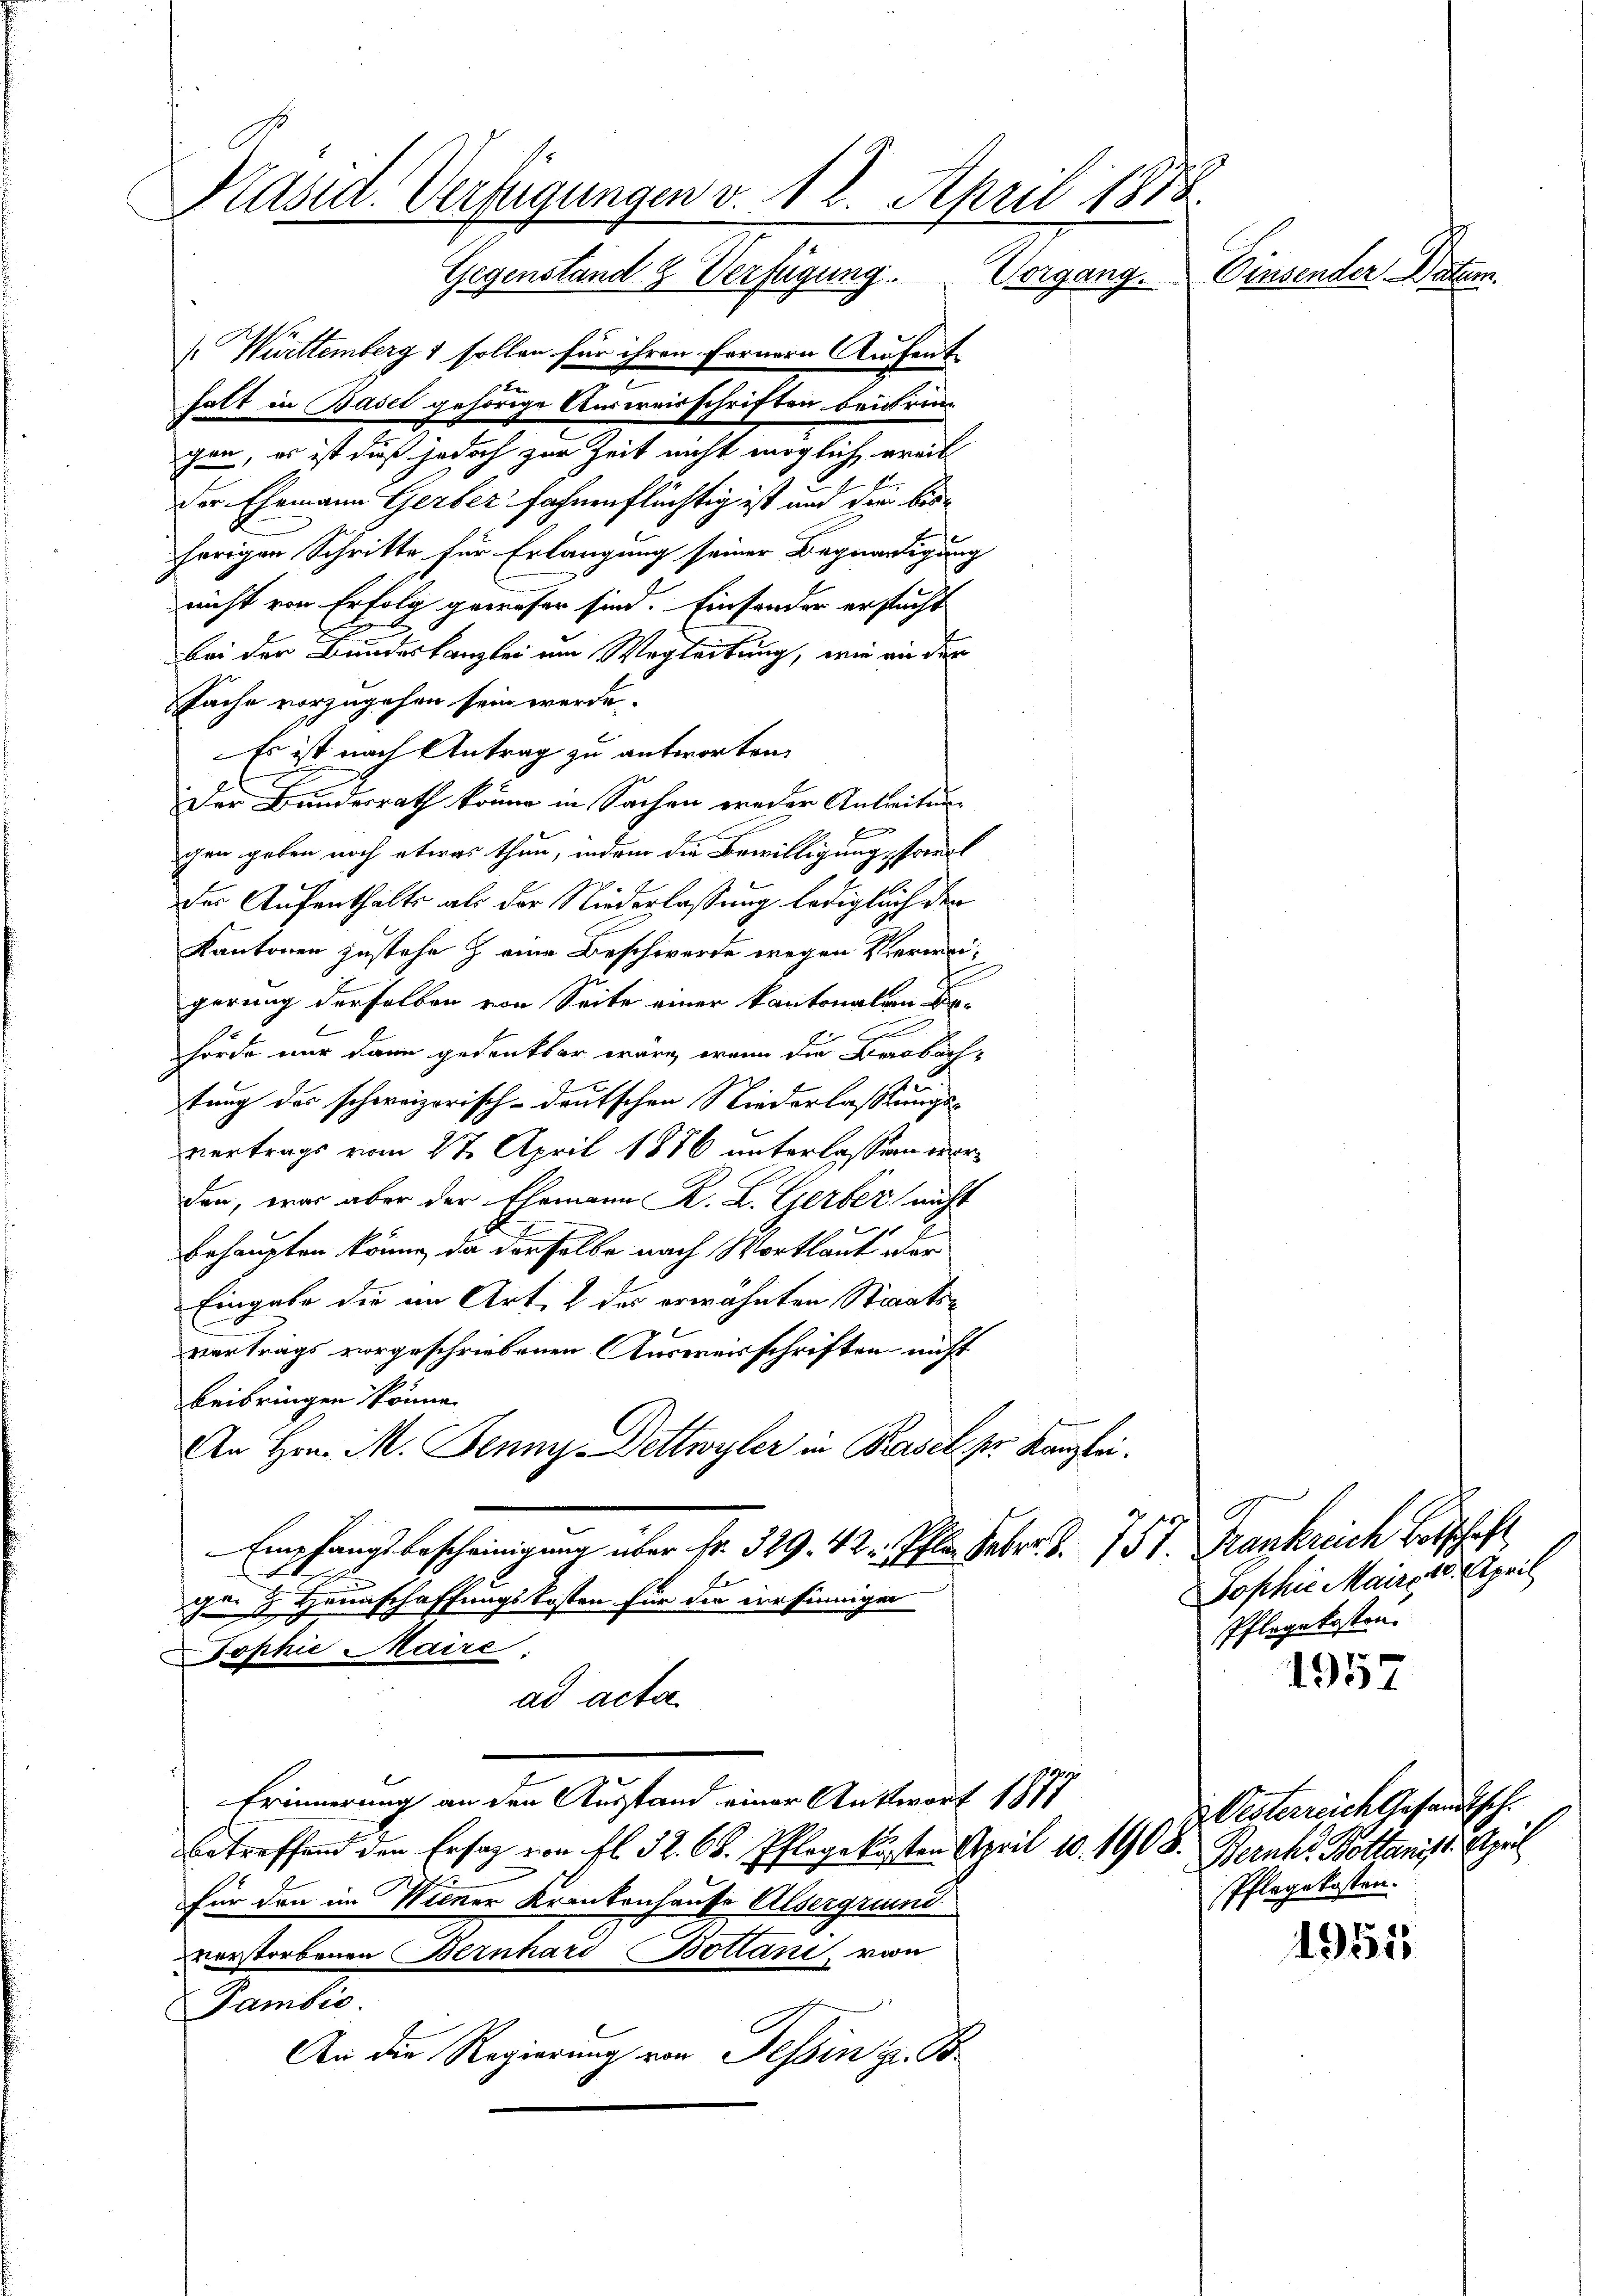
Präsid. Verfügungen v. 12. April 1858.
Einsender Vater.
Gegenstand & Verfügung. Vorgang.

[Württemberg 1 sollen für ihren Fernern Aufent
F
halt in Basel gehörige Ausweisschriften bei dringen, es ist dieß jedoch zur Zeit nicht möglich weit
der Ehemann Gerber fahrenflüchtig ist und die bishörigen Schritte für Erlangung seiner Begnadigung
nicht von Erfolg geweser sind. Einsonder ersucht
bei der Bundeskanzlei ein Wegleitung, wie an der
Sache vorzugehen sein werde.
Es ist nach Antrag zu antworten.
der Bundesrath könne in Sachen weder Antreitung
gen geben noch etwas thun, indem die Bewilligung, sowol
der Aufenthalts als der Niederlassung lediglich den
Kantonen zustehe & eine Beschwerde wegen Vierweigerung derselben von Seite einer kantonalen S
Ex
hörde nur dann gedenkbar wäre, wenn die Beobach-
tung der schweizerisch-deutschen Niederlassungs-
vertrags vom 27. April 1886 unterlassen werden, war aber der Ehemann K. L. Gerber nicht
Behaupten könne, da derselbe nach Wortlaut oder
Eingabe die im Art, & der erwähnten Staats¬

vertrags vorgeschriebenen Ausweisschriften nicht
beibringen könne.
An Hrn. M. Jennys Bettwyler in Persel pr. Kanzlei
Empfangsbescheinigung über Fr. 329. 42 f. Febr. S. 757. Frankreich Botschaft
gei 2 Haunschaffungskosten für die versinnigen
Tophie Maire
ad acta.
Erinnerung an den Ausstand einer Antwort 1877
betreffend den Ersatz von fl. 32. 66. Pflege kosten April 10. 1908. Bernhs. Boltanist. April
für den im Wiener Krankenhause Alsergrund
verstorbenen Bernhard Botani, von
Pambić.
An die Regierung von Tessin z. B.

1957

4951

Sophie Maire 18. April
Pflegekosten.

Westerreich Gesandtsch.
Pflegekosten.